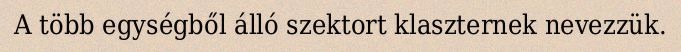
A több egységből álló szektort klaszternek nevezzük.